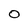
Character: 0